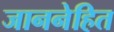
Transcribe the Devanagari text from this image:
जाननेहित